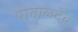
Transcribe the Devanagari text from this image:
पाताळदेव